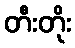
တီးတိုး